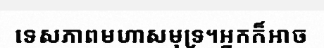
ទេសភាពមហាសមុទ្រ។អ្នកក៏អាច